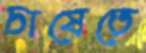
চাষেতে